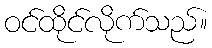
ဝင်ထိုင်လိုက်သည်။